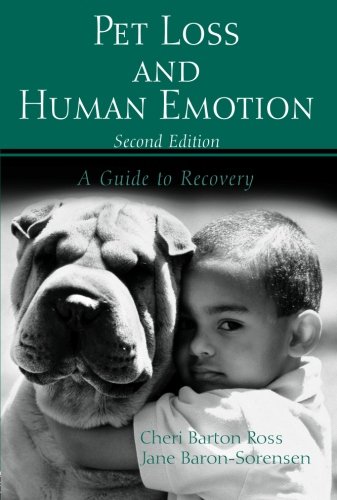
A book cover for Pet Loss and Human Emotion, second edition: A Guide to Recovery; Cheri Barton Ross; Crafts, Hobbies & Home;